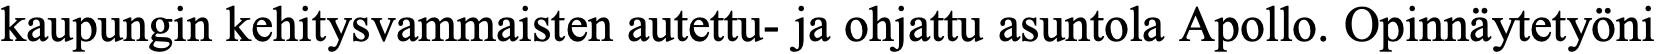
kaupungin kehitysvammaisten autettu- ja ohjattu asuntola Apollo. Opinnäytetyöni